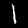
Digit: 1